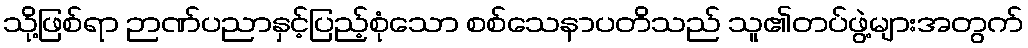
သို့ဖြစ်ရာ ဉာဏ်ပညာနှင့်ပြည့်စုံသော စစ်သေနာပတိသည် သူ၏တပ်ဖွဲ့များအတွက်